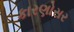
કારણોસર